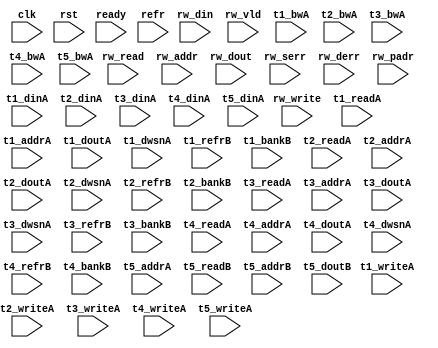
/*
 * Copyright (C) 2011 Memoir Systems Inc. These coded instructions, statements, and computer programs are
 * Confidential Proprietary Information of Memoir Systems Inc. and may not be disclosed to third parties
 * or copied in any form, in whole or in part, without the prior written consent of Memoir Systems Inc.
 *
 * */

module algo_2rw_a50_sva_wrap
#(parameter IP_WIDTH = 32, parameter IP_BITWIDTH = 5, parameter IP_DECCBITS = 7, parameter IP_NUMADDR = 8192, parameter IP_BITADDR = 13, 
parameter IP_NUMVBNK = 4,	parameter IP_BITVBNK = 2, parameter IP_BITPBNK = 3,
parameter IP_ENAECC = 0, parameter IP_ENAPAR = 0, parameter IP_SECCBITS = 4, parameter IP_SECCDWIDTH = 3, 
parameter FLOPECC = 0, parameter FLOPIN = 0, parameter FLOPOUT = 0, parameter FLOPCMD = 0, parameter FLOPMEM = 0,
parameter IP_REFRESH = 1, parameter IP_REFFREQ = 6,  parameter IP_REFFRHF = 0,

parameter T1_WIDTH = 127, parameter T1_NUMVBNK = 4, parameter T1_BITVBNK = 2, parameter T1_DELAY = 2, parameter T1_NUMVROW = 16384, parameter T1_BITVROW = 14,
parameter T1_BITWSPF = 0, parameter T1_NUMWRDS = 1, parameter T1_BITWRDS = 1, parameter T1_NUMSROW = 16384, parameter T1_BITSROW = 14, parameter T1_PHYWDTH = 127,
parameter T1_FLOPIN = 0, parameter T1_FLOPOUT = 0, parameter T1_FLOPMEM = 0, parameter T1_IP_REFFRHF = 0,
parameter T2_WIDTH = 127, parameter T2_NUMVBNK = 2, parameter T2_BITVBNK = 1, parameter T2_DELAY = 2, parameter T2_NUMVROW = 16384, parameter T2_BITVROW = 14, 
parameter T2_BITWSPF = 0, parameter T2_NUMWRDS = 1, parameter T2_BITWRDS = 1, parameter T2_NUMSROW = 16384, parameter T2_BITSROW = 14, parameter T2_PHYWDTH = 127,
parameter T2_FLOPIN = 0, parameter T2_FLOPOUT = 0, parameter T2_FLOPMEM = 0, parameter T2_IP_REFFRHF = 0,
parameter T3_WIDTH = 43, parameter T3_NUMVBNK = 3, parameter T3_BITVBNK = 2, parameter T3_DELAY = 1, parameter T3_NUMVROW = 16384, parameter T3_BITVROW = 14,
parameter T3_BITWSPF = 0, parameter T3_NUMWRDS = 1, parameter T3_BITWRDS = 1, parameter T3_NUMSROW = 16384, parameter T3_BITSROW = 14, parameter T3_PHYWDTH = 43,

parameter T1_IP_WIDTH = 127, parameter T1_IP_BITWIDTH = 7, parameter T1_IP_NUMADDR = 16384, parameter T1_IP_BITADDR = 14, parameter T1_IP_NUMVBNK = 2, parameter T1_IP_BITVBNK = 1,
parameter T1_IP_SECCBITS = 4, parameter T1_IP_SECCDWIDTH = 2, parameter T1_IP_REFRESH = 1, parameter T1_IP_REFFREQ = 13, parameter T1_IP_BITPBNK = 2,
parameter T1_T1_WIDTH = 128, parameter T1_T1_NUMVBNK = 2, parameter T1_T1_BITVBNK = 1, parameter T1_T1_DELAY = 2, parameter T1_T1_NUMVROW = 8192, parameter T1_T1_BITVROW = 13,
parameter T1_T1_BITWSPF = 0, parameter T1_T1_NUMWRDS = 1, parameter T1_T1_BITWRDS = 1, parameter T1_T1_NUMSROW = 8192, parameter T1_T1_BITSROW = 13, parameter T1_T1_PHYWDTH = 128,
parameter T1_T1_NUMRBNK = 4, parameter T1_T1_BITRBNK = 2, parameter T1_T1_NUMRROW = 256, parameter T1_T1_BITRROW = 8, parameter T1_T1_NUMPROW = 8192, parameter T1_T1_BITPROW = 13,
parameter T1_T1_BITDWSN = 8, 
parameter T1_T1_NUMDWS0 = 0, parameter T1_T1_NUMDWS1 = 0, parameter T1_T1_NUMDWS2 = 0, parameter T1_T1_NUMDWS3 = 0,
parameter T1_T1_NUMDWS4 = 0, parameter T1_T1_NUMDWS5 = 0, parameter T1_T1_NUMDWS6 = 0, parameter T1_T1_NUMDWS7 = 0,
parameter T1_T1_NUMDWS8 = 0, parameter T1_T1_NUMDWS9 = 0, parameter T1_T1_NUMDWS10 = 0, parameter T1_T1_NUMDWS11 = 0,
parameter T1_T1_NUMDWS12 = 0, parameter T1_T1_NUMDWS13 = 0, parameter T1_T1_NUMDWS14 = 0, parameter T1_T1_NUMDWS15 = 0,
parameter T1_T2_WIDTH = 128, parameter T1_T2_NUMVBNK = 1, parameter T1_T2_BITVBNK = 1, parameter T1_T2_DELAY = 2, parameter T1_T2_NUMVROW = 8192, parameter T1_T2_BITVROW = 13,
parameter T1_T2_BITWSPF = 0, parameter T1_T2_NUMWRDS = 1, parameter T1_T2_BITWRDS = 1, parameter T1_T2_NUMSROW = 8192, parameter T1_T2_BITSROW = 13, parameter T1_T2_PHYWDTH = 128,
parameter T1_T2_NUMRBNK = 4, parameter T1_T2_BITRBNK = 2, parameter T1_T2_NUMRROW = 256, parameter T1_T2_BITRROW = 8, parameter T1_T2_NUMPROW = 8192, parameter T1_T2_BITPROW = 13,
//Not declaring DWSN for T1_T2

parameter T2_IP_WIDTH = 127, parameter T2_IP_BITWIDTH = 7, parameter T2_IP_NUMADDR = 16384, parameter T2_IP_BITADDR = 14, parameter T2_IP_NUMVBNK = 2, parameter T2_IP_BITVBNK = 1,
parameter T2_IP_SECCBITS = 4, parameter T2_IP_SECCDWIDTH = 2, parameter T2_IP_REFRESH = 1, parameter T2_IP_REFFREQ = 13, parameter T2_IP_BITPBNK = 2,
parameter T2_T1_WIDTH = 128, parameter T2_T1_NUMVBNK = 2, parameter T2_T1_BITVBNK = 1, parameter T2_T1_DELAY = 2, parameter T2_T1_NUMVROW = 8192, parameter T2_T1_BITVROW = 13,
parameter T2_T1_BITWSPF = 0, parameter T2_T1_NUMWRDS = 1, parameter T2_T1_BITWRDS = 1, parameter T2_T1_NUMSROW = 8192, parameter T2_T1_BITSROW = 13, parameter T2_T1_PHYWDTH = 128,
parameter T2_T1_NUMRBNK = 4, parameter T2_T1_BITRBNK = 2, parameter T2_T1_NUMRROW = 256, parameter T2_T1_BITRROW = 8, parameter T2_T1_NUMPROW = 8192, parameter T2_T1_BITPROW = 13,
//Not declaring DWSN for T2_T1
parameter T2_T2_WIDTH = 128, parameter T2_T2_NUMVBNK = 1, parameter T2_T2_BITVBNK = 1, parameter T2_T2_DELAY = 2, parameter T2_T2_NUMVROW = 8192, parameter T2_T2_BITVROW = 13,
parameter T2_T2_BITWSPF = 0, parameter T2_T2_NUMWRDS = 1, parameter T2_T2_BITWRDS = 1, parameter T2_T2_NUMSROW = 8192, parameter T2_T2_BITSROW = 13, parameter T2_T2_PHYWDTH = 128,
parameter T2_T2_NUMRBNK = 4, parameter T2_T2_BITRBNK = 2, parameter T2_T2_NUMRROW = 256, parameter T2_T2_BITRROW = 8, parameter T2_T2_NUMPROW = 8192, parameter T2_T2_BITPROW = 13)
//Not declaring DWSN for T2_T2

( clk,  rst,  ready,  refr,
  rw_read,   rw_write,	rw_addr,	rw_din,   	rw_dout,   	rw_vld,   	rw_serr,   	rw_derr,   	rw_padr,
  
  t1_readA,   t1_writeA,   t1_addrA,   t1_dinA,   t1_bwA,   t1_doutA, t1_dwsnA,
  t1_refrB,   t1_bankB,
  t2_readA,   t2_writeA,   t2_addrA,   t2_dinA,   t2_bwA,   t2_doutA, t2_dwsnA,
  t2_refrB,   t2_bankB, 
  t3_readA,   t3_writeA,   t3_addrA,   t3_dinA,   t3_bwA,   t3_doutA, t3_dwsnA,
  t3_refrB,   t3_bankB, 
  t4_readA,   t4_writeA,   t4_addrA,   t4_dinA,   t4_bwA,   t4_doutA, t4_dwsnA,
  t4_refrB,   t4_bankB,
  t5_writeA,  t5_addrA,    t5_dinA,    t5_bwA, 
  t5_readB,   t5_addrB,    t5_doutB);
  
    
  parameter NUMRDPT = 0;
  parameter NUMRWPT = 2;
  parameter NUMWRPT = 0;
  
  parameter T1_INST = T1_NUMVBNK*T1_T1_NUMVBNK;
  parameter T2_INST = T1_NUMVBNK*T1_T2_NUMVBNK;
  parameter T3_INST = T2_NUMVBNK*T2_T1_NUMVBNK;
  parameter T4_INST = T2_NUMVBNK*T2_T2_NUMVBNK;
  parameter T5_INST = T3_NUMVBNK;
  
  parameter WIDTH = IP_WIDTH;
  parameter BITWDTH = IP_BITWIDTH;
  parameter NUMADDR = IP_NUMADDR;
  parameter BITADDR = IP_BITADDR;
  parameter NUMVROW1 = T1_NUMVROW;  // ALGO1 Parameters
  parameter BITVROW1 = T1_BITVROW;
  parameter NUMVBNK1 = T1_NUMVBNK;
  parameter BITVBNK1 = T1_BITVBNK;
  parameter NUMPBNK1 = T1_NUMVBNK + 1;			
  parameter BITPBNK1 = IP_BITPBNK;
  parameter NUMVROW2 = T1_T1_NUMVROW;   // ALGO2 Parameters  
  parameter BITVROW2 = T1_T1_BITVROW;
  parameter NUMVBNK2 = T1_IP_NUMVBNK;
  parameter BITVBNK2 = T1_IP_BITVBNK;
  parameter BITPBNK2 = T1_IP_BITPBNK;
  parameter NUMWRDS2 = T1_T1_NUMWRDS;     // ALIGN Parameters
  parameter BITWRDS2 = T1_T1_BITWRDS;
  parameter NUMSROW2 = T1_T1_NUMSROW;
  parameter BITSROW2 = T1_T1_BITSROW;
  parameter REFRESH = T1_IP_REFRESH;      // REFRESH Parameters 
  parameter NUMRBNK = T1_T1_NUMRBNK;
  parameter BITWSPF = T1_T1_BITWSPF;
  parameter BITRBNK = T1_T1_BITRBNK;
  parameter NUMRROW = T1_T1_NUMRROW;
  parameter BITRROW = T1_T1_BITRROW;
  parameter REFFREQ = T1_IP_REFFREQ;
  parameter PARITY = 1;       // PARITY Parameters
  parameter ECCBITS = IP_SECCBITS;
  parameter SRAM_DELAY = T3_DELAY;
  parameter DRAM_DELAY = T1_T1_DELAY;
  
  parameter BITDWSN = T1_T1_BITDWSN;		//DWSN Parameters
  parameter NUMDWS0 = T1_T1_NUMDWS0;
  parameter NUMDWS1 = T1_T1_NUMDWS1;
  parameter NUMDWS2 = T1_T1_NUMDWS2;
  parameter NUMDWS3 = T1_T1_NUMDWS3;
  parameter NUMDWS4 = T1_T1_NUMDWS4;
  parameter NUMDWS5 = T1_T1_NUMDWS5;
  parameter NUMDWS6 = T1_T1_NUMDWS6;
  parameter NUMDWS7 = T1_T1_NUMDWS7;
  parameter NUMDWS8 = T1_T1_NUMDWS8;
  parameter NUMDWS9 = T1_T1_NUMDWS9;
  parameter NUMDWS10 = T1_T1_NUMDWS10;
  parameter NUMDWS11 = T1_T1_NUMDWS11;
  parameter NUMDWS12 = T1_T1_NUMDWS12;
  parameter NUMDWS13 = T1_T1_NUMDWS13;
  parameter NUMDWS14 = T1_T1_NUMDWS14;
  parameter NUMDWS15 = T1_T1_NUMDWS15;

  parameter MEMWDTH = WIDTH+PARITY;
  parameter PHYWDTH = NUMWRDS2*MEMWDTH;
  parameter BITPADR2 = BITPBNK2+BITSROW2+BITWRDS2+1;
  parameter BITPADR1 = BITPBNK1+BITPADR2+1;

  parameter BITMAPT = BITPBNK1*NUMPBNK1;
  parameter SDOUT_WIDTH = 2*BITMAPT+ECCBITS;

 
input clk; input rst; input refr;
input ready; 

input  [NUMRWPT - 1:0]				rw_write; 
input  [NUMRWPT* WIDTH - 1:0]		rw_din;
input  [NUMRWPT - 1:0] 				rw_read; 
input  [NUMRWPT* BITADDR - 1:0] 	rw_addr; 
input [NUMRWPT* WIDTH - 1:0] 	rw_dout; 
input [NUMRWPT - 1:0] 				rw_vld; 
input [NUMRWPT - 1:0] 				rw_serr; 
input [NUMRWPT - 1:0] 				rw_derr; 
input [NUMRWPT*BITPADR1-1:0]    rw_padr;

input [T1_INST - 1:0] 			t1_readA; 
input [T1_INST- 1:0] 			t1_writeA; 
input [T1_INST*BITSROW2 - 1:0] t1_addrA; 
input [T1_INST*PHYWDTH - 1:0] 	t1_dinA;
input [T1_INST*PHYWDTH - 1:0] 	t1_bwA; 
input  [T1_INST*PHYWDTH - 1:0] 	t1_doutA;
input [T1_INST*BITDWSN - 1:0]  t1_dwsnA;

input [T1_INST - 1:0] 			t1_refrB; 
input [T1_INST*BITRBNK - 1:0] 	t1_bankB;

input [T2_INST - 1:0] t2_readA; 
input [T2_INST - 1:0] t2_writeA; 
input [T2_INST*BITSROW2 - 1:0] t2_addrA; 
input [T2_INST*PHYWDTH - 1:0] t2_dinA; 
input [T2_INST*PHYWDTH - 1:0] t2_bwA; 
input  [T2_INST*PHYWDTH - 1:0] t2_doutA;
input [T2_INST*BITDWSN - 1:0] t2_dwsnA;

input [T2_INST - 1:0] t2_refrB; 
input [T2_INST*BITRBNK - 1:0] t2_bankB; 

input [T3_INST - 1:0] t3_readA;  
input [T3_INST - 1:0] t3_writeA; 
input [T3_INST*BITSROW2 - 1:0] t3_addrA; 
input [T3_INST*PHYWDTH - 1:0] t3_dinA; 
input [T3_INST*PHYWDTH - 1:0] t3_bwA; 
input  [T3_INST*PHYWDTH - 1:0] t3_doutA;
input [T3_INST*BITDWSN - 1:0] t3_dwsnA;

input [T3_INST - 1:0] t3_refrB; 
input [T3_INST*BITRBNK - 1:0] t3_bankB; 

input [T4_INST - 1:0] t4_readA; 
input [T4_INST - 1:0] t4_writeA; 
input [T4_INST*BITSROW2 - 1:0] t4_addrA; 
input [T4_INST*PHYWDTH - 1:0] t4_dinA; 
input [T4_INST*PHYWDTH - 1:0] t4_bwA; 
input  [T4_INST*PHYWDTH - 1:0] t4_doutA;
input [T4_INST*BITDWSN - 1:0] t4_dwsnA;

input [T4_INST - 1:0] t4_refrB; 
input [T4_INST*BITRBNK - 1:0] t4_bankB;

input [T5_INST - 1:0] t5_writeA; 
input [T5_INST*BITVROW1 - 1:0] t5_addrA; 
input [T5_INST*SDOUT_WIDTH - 1:0] t5_dinA; 
input [T5_INST*SDOUT_WIDTH - 1:0] t5_bwA;

input [T5_INST - 1:0] t5_readB; 
input [T5_INST*BITVROW1 - 1:0] t5_addrB; 
input  [T5_INST*SDOUT_WIDTH - 1:0] t5_doutB;

endmodule